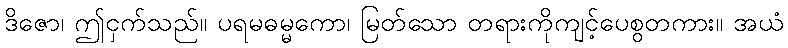
ဒိဇော၊ ဤငှက်သည်။ ပရမဓမ္မကော၊ မြတ်သော တရားကိုကျင့်ပေစွတကား။ အယံ